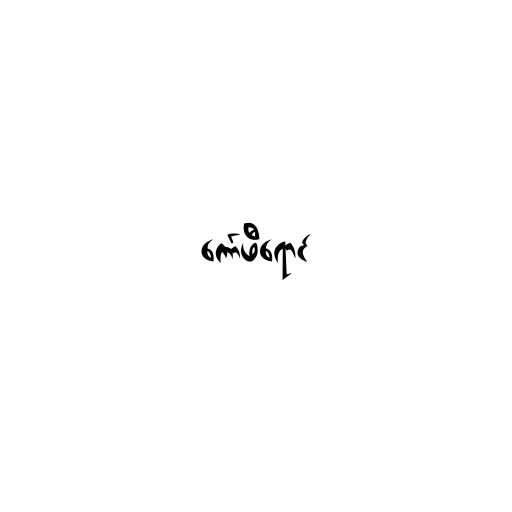
ကော်ဖီရောင်